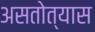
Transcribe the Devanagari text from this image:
असतोत्यास